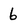
Character: 6